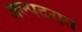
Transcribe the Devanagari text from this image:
अल्पदरात